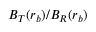
B _ { T } ( r _ { b } ) / B _ { R } ( r _ { b } )